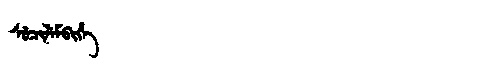
Manchu: ᠰᡠᠴᡳᠯᡝᠮᠪᡳᡥᡝ
Romanization: SUCILEMBIHE